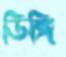
ডিঙ্গি